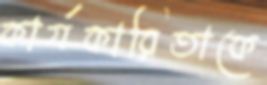
কার্যকারিতাকে